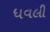
ધવલી